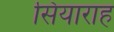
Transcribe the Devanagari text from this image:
सियाराह